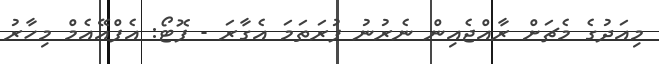
މިއަދުގެ މެޗަށް ރާއްޖެއިން ނެރުނު ފުރަތަމަ އެގާރަ - ފޮޓޯ: އެފްއޭއެމް މިހާރު